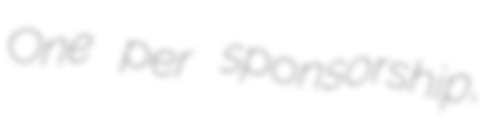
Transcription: One per sponsorship,